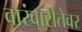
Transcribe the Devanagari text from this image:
वारंवारीतेवर